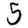
Digit: 5